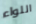
اللواء